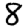
Digit: 8